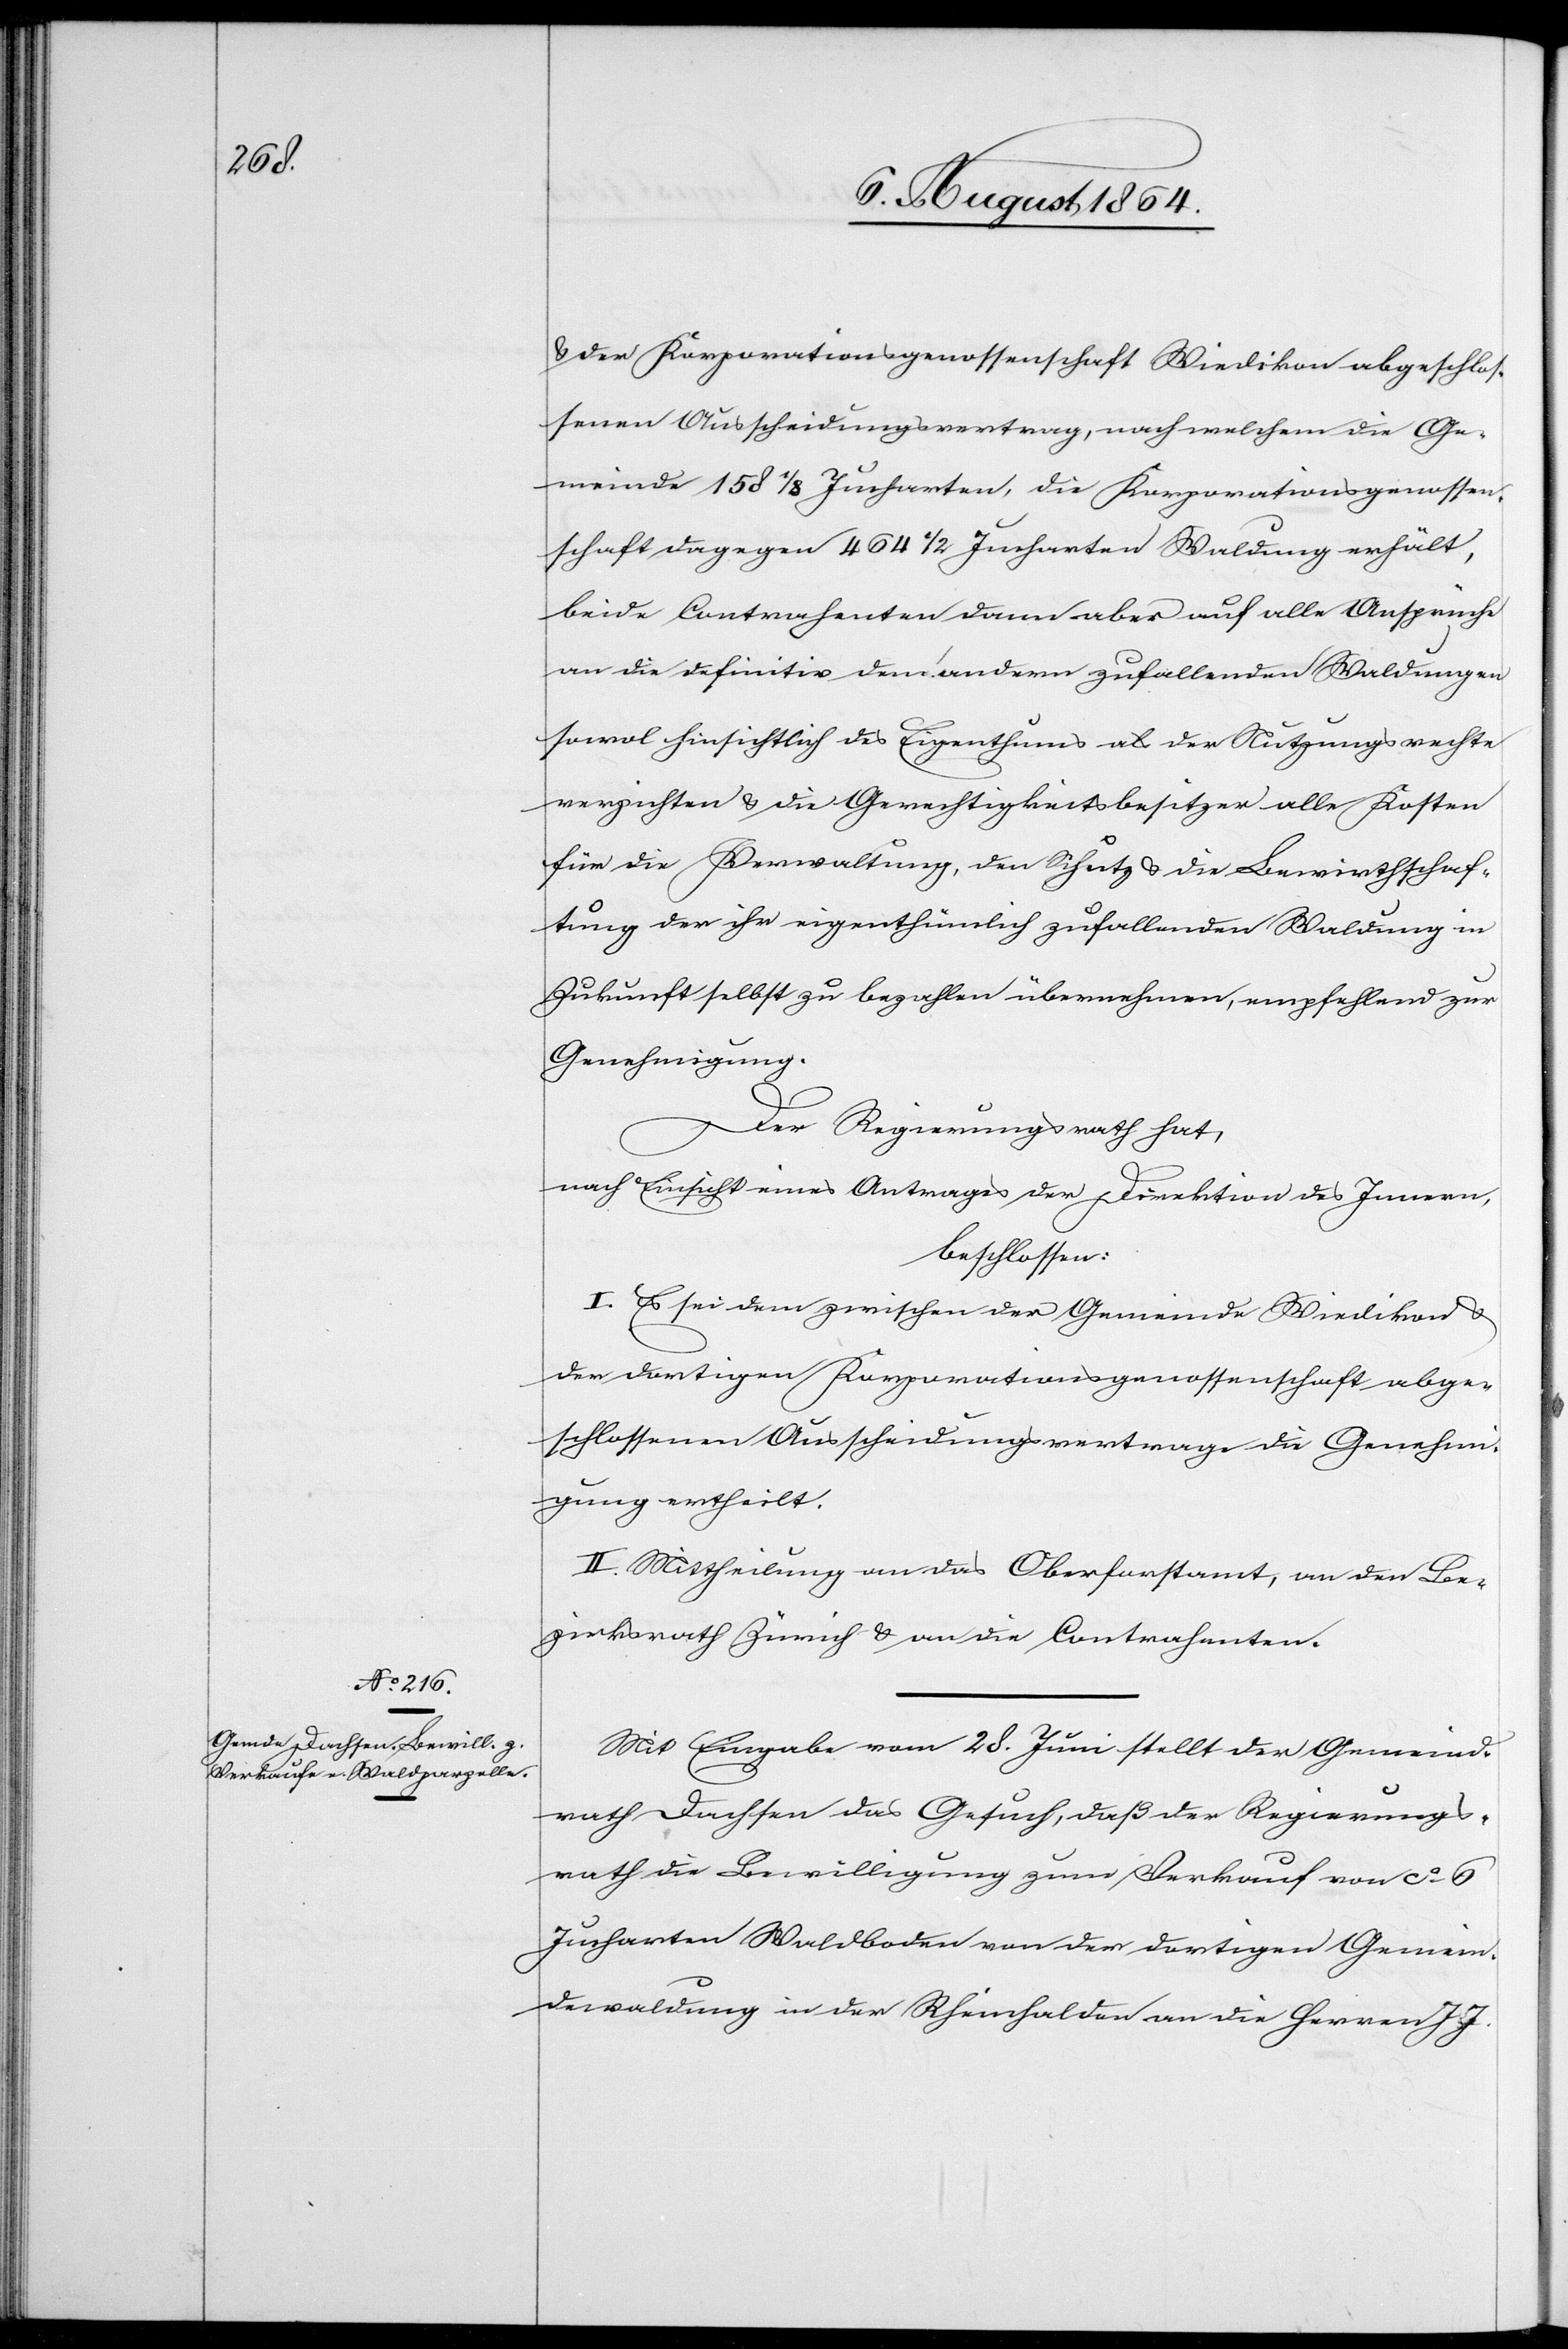
& der Korporationsgenossenschaft Wiedikon abgeschlos¬
senen Ausscheidungsvertrag, nach welchem die Ge¬
meinde 158 1/8 Jucharten, die Korporationsgenossen¬
schaft dagegen 464 1/2 Jucharten Waldung erhält,
beide Contrahenten dann aber auf alle Ansprüche
an die definitv dem andern zufallenden Waldungen
sowol hinsichtlich des Eigenthums als der Nutzungsrechte
verzichten & die Gerechtigkeitsbesitzer alle Kosten
für die Verwaltung, den Schutz & die Bewirtschaf¬
tung der ihr eigenthümlich zufallenden Waldung in
Zukunft selbst zu bezahlen übernehmen, empfehlend zur
Genehmigung.
Der Regierungsrath hat,
nach Einsicht eines Antrages der Direktion des Innern,
beschlossen:
I. Es sei dem zwischen der Gemeinde Wiedikon &
der dortigen Korporationsgenossenschaft abge¬
schlossenen Ausscheidungsvertrage die Genehmi¬
gung ertheilt.
II. Mittheilung an das Oberforstamt, an den Be¬
zirksrath Zürich & an die Contrahenten.
Mit Eingabe vom 28. Juni stellt der Gemeind¬
rath Dachsen das Gesuch, daß der Regierungs¬
rath die Bewilligung zum Verkauf von ca. 6
Jucharten Waldboden von der dortigen Gemein¬
dewaldung in der Rheinhalden an die Herren J. J.